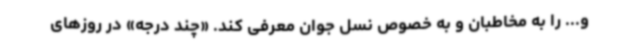
و... را به مخاطبان و به خصوص نسل جوان معرفی کند. «چند درجه» در روزهای